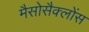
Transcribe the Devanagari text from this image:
मैसोसैक्लोंस